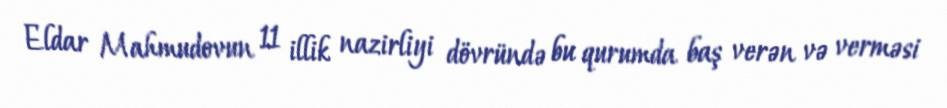
Eldar Mahmudovun 11 illik nazirliyi dövründə bu qurumda baş verən və verməsi